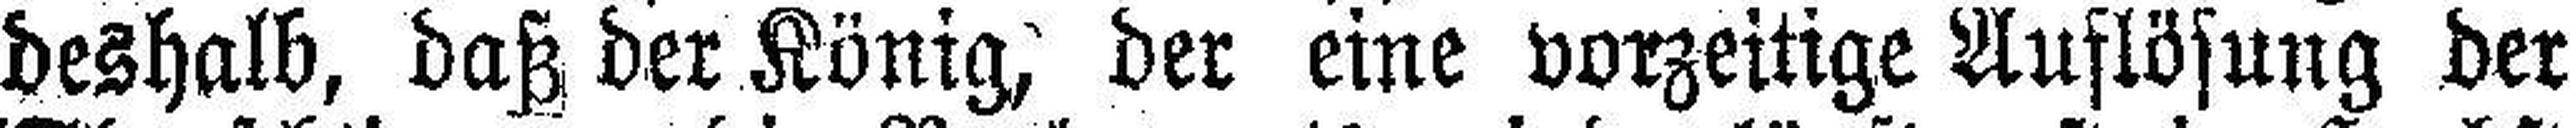
deshalb, daß der König, der eine vorzeitige Auflösung der